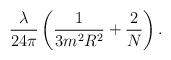
LaTeX: \begin{align*}\frac{\lambda}{24\pi}\left(\frac1{3 m^2R^2}+\frac2N\right)\mbox.\end{align*}